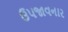
ઉપજાવનાર